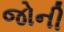
જોની